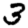
Digit: 3